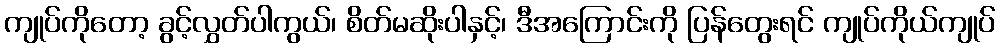
ကျုပ်ကိုတော့ ခွင့်လွှတ်ပါကွယ်၊ စိတ်မဆိုးပါနှင့်၊ ဒီအကြောင်းကို ပြန်တွေးရင် ကျုပ်ကိုယ်ကျုပ်